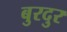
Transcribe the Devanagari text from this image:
बुरदुर